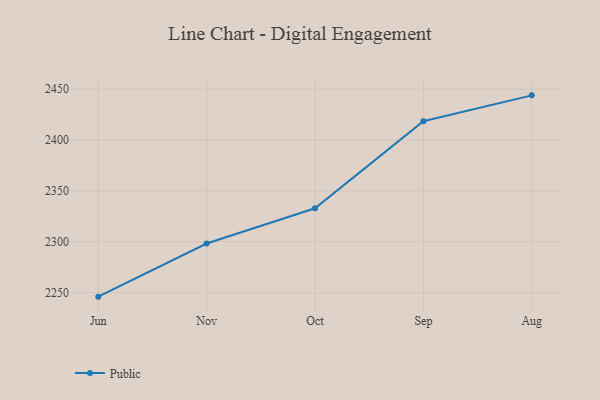
{"axis": {"x": "Month", "y": "Bounce Rate (%)"}, "legend": ["Public"], "data": [{"x": "Jun", "y": 2246.0, "type": "Public"}, {"x": "Nov", "y": 2298.3, "type": "Public"}, {"x": "Oct", "y": 2332.9, "type": "Public"}, {"x": "Sep", "y": 2418.5, "type": "Public"}, {"x": "Aug", "y": 2444.0, "type": "Public"}]}